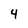
Character: 4